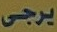
يرجى